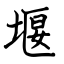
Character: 堰